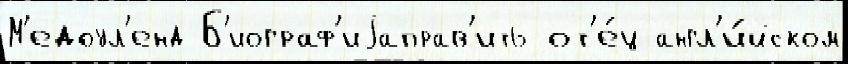
М'едоул'енд Б'иограф'иjаправ'ить от'е́ц англ'и́йском